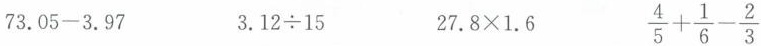
73.05-3.97 3.12 \div 15 27.8 \times 1.6 \frac{4}{5} + \frac{1}{6}- \frac{2}{3}